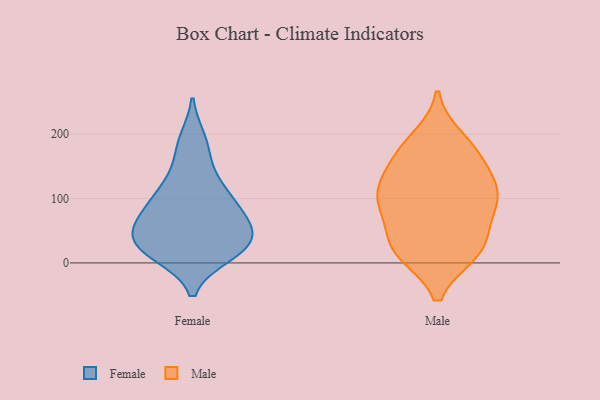
{"axis": {"x": "Production Output", "y": "Value"}, "legend": ["Female", "Male"], "data": [{"x": "", "y": 44, "type": "Female"}, {"x": "", "y": 71, "type": "Female"}, {"x": "", "y": 67, "type": "Female"}, {"x": "", "y": 100, "type": "Female"}, {"x": "", "y": 21, "type": "Female"}, {"x": "", "y": 27, "type": "Female"}, {"x": "", "y": 14, "type": "Female"}, {"x": "", "y": 109, "type": "Female"}, {"x": "", "y": 20, "type": "Female"}, {"x": "", "y": 24, "type": "Female"}, {"x": "", "y": 35, "type": "Female"}, {"x": "", "y": 105, "type": "Female"}, {"x": "", "y": 68, "type": "Female"}, {"x": "", "y": 190, "type": "Female"}, {"x": "", "y": 178, "type": "Female"}, {"x": "", "y": 134, "type": "Female"}, {"x": "", "y": 57, "type": "Female"}, {"x": "", "y": 123, "type": "Male"}, {"x": "", "y": 40, "type": "Male"}, {"x": "", "y": 92, "type": "Male"}, {"x": "", "y": 169, "type": "Male"}, {"x": "", "y": 15, "type": "Male"}, {"x": "", "y": 15, "type": "Male"}, {"x": "", "y": 156, "type": "Male"}, {"x": "", "y": 178, "type": "Male"}, {"x": "", "y": 74, "type": "Male"}, {"x": "", "y": 95, "type": "Male"}, {"x": "", "y": 95, "type": "Male"}, {"x": "", "y": 193, "type": "Male"}, {"x": "", "y": 119, "type": "Male"}, {"x": "", "y": 117, "type": "Male"}, {"x": "", "y": 15, "type": "Male"}, {"x": "", "y": 30, "type": "Male"}]}